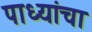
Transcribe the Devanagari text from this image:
पाध्यांचा